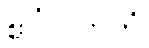
ဧဝံဝါဒါဟံ